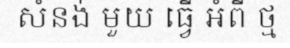
សំនង់ មួយ ធ្វើ អំពី ថ្ម